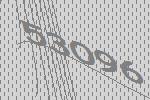
53096